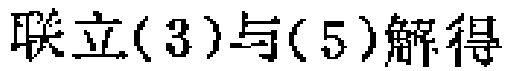
联立(3)与(5)解得